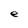
Character: e